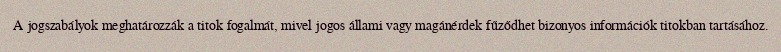
A jogszabályok meghatározzák a titok fogalmát, mivel jogos állami vagy magánérdek fűződhet bizonyos információk titokban tartásához.